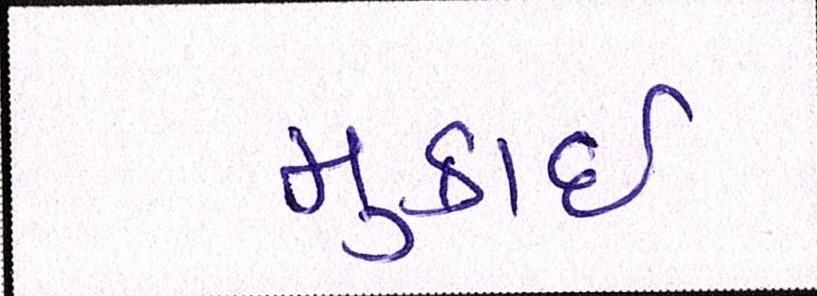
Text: મુકાઈ